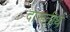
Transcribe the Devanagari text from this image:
दारूतीर्थ